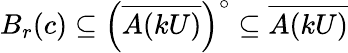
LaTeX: B_{r}(c)\subseteq\left({\overline{{A(kU)}}}\right)^{\circ}\subseteq{\overline{{A(kU)}}}